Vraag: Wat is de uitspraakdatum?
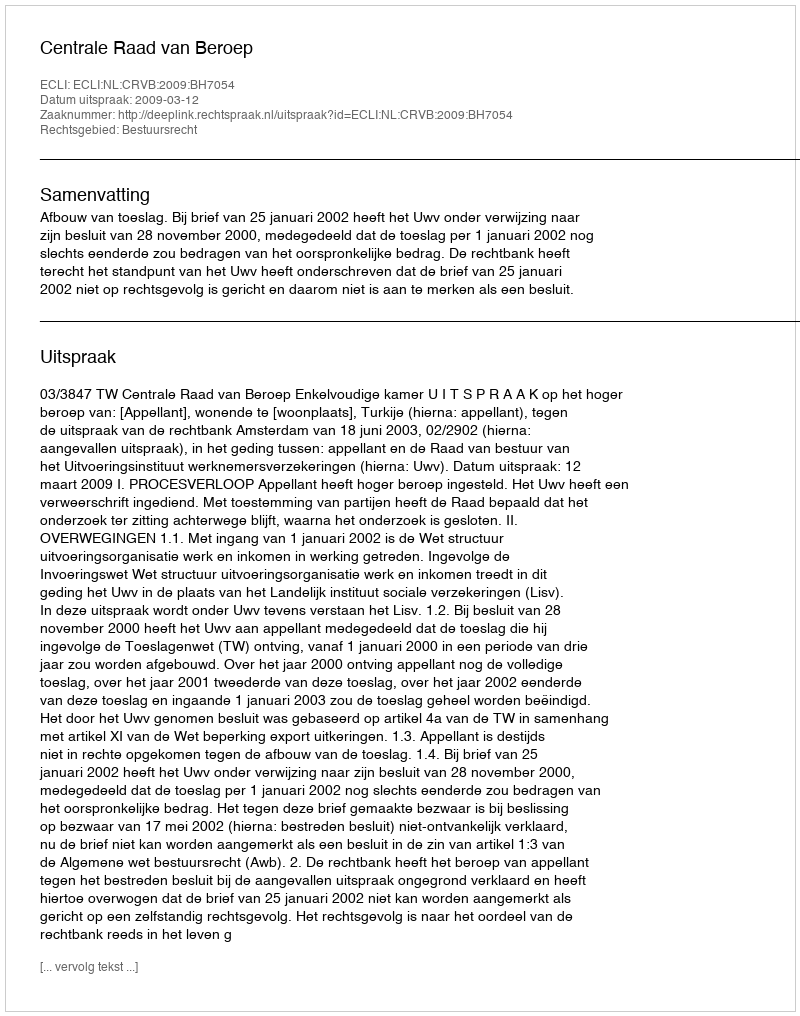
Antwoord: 2009-03-12